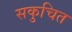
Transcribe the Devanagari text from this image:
सकुचित